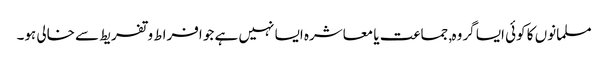
مسلمانوں کا کوئی ایسا گروہ, جماعت یا معاشرہ ایسا نہیں ہے جو افراط و تفریط سے خالی ہو۔